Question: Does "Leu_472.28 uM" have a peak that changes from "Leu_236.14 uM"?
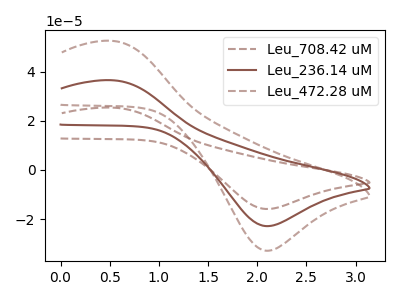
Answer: <think>The brown dashed curve "Leu_708.42 uM" has an anodic peak at (0.55V, 73.15uA) and a cathodic peak at (2.10V, -45.75uA). The brown curve "Leu_236.14 uM" has an anodic peak at (0.55V, 36.55uA) and a cathodic peak at (2.10V, -22.85uA). The brown dashed curve "Leu_472.28 uM" has an anodic peak at (0.55V, 52.60uA) and a cathodic peak at (2.10V, -32.90uA).
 All the peaks in "Leu_472.28 uM" have a peak in "Leu_236.14 uM" at the same potential. Every peak in "Leu_472.28 uM" is higher than every peak in "Leu_236.14 uM".</think>
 <answer>No, "Leu_472.28 uM" and "Leu_236.14 uM" don't appear to be significantly different in shape</answer>
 <eval>no_change</eval>